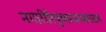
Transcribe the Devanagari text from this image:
नगारीरिपुच्याजनकासह